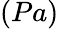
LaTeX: (Pa)